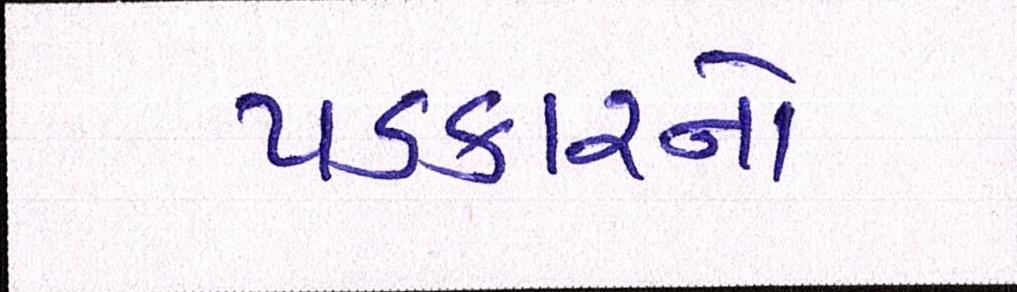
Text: પડકારનો